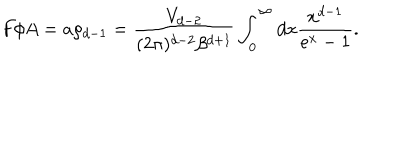
LaTeX: F / A = a \rho _ { d - 1 } = \frac { V _ { d - 2 } } { ( 2 \pi ) ^ { d - 2 } \beta ^ { d + 1 } } \int _ { 0 } ^ { \infty } d x \frac { x ^ { d - 1 } } { e ^ { x } - 1 } .